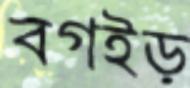
বগইড়